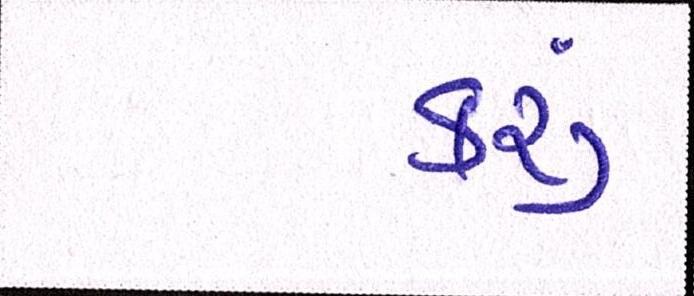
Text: કરૂં